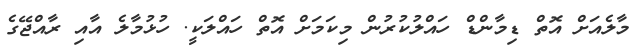
މާލެއަށް އޮތް ޑިމާންޑް ހައްލުކުރުން މިކަމަށް އޮތް ހައްލަކީ. ހުޅުމާލެ އާއި ރާއްޖޭގެ